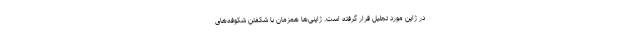
در ژاپن مورد تجلیل قرار گرفته است. ژاپنی‌ها همزمان با شکفتن شکوفه‌های